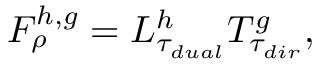
F _ { \rho } ^ { h , g } = L _ { \tau _ { d u a l } } ^ { h } T _ { \tau _ { d i r } } ^ { g } ,